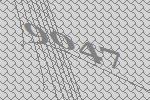
9047